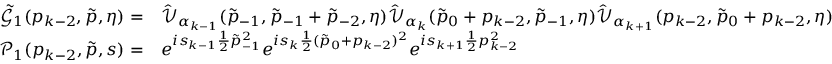
\begin{array} { r l } { \tilde { \mathcal { G } } _ { 1 } ( p _ { k - 2 } , \boldsymbol { \tilde { p } } , \boldsymbol { \eta } ) = } & { \hat { \mathcal { V } } _ { \alpha _ { k - 1 } } ( \tilde { p } _ { - 1 } , \tilde { p } _ { - 1 } + \tilde { p } _ { - 2 } , \boldsymbol { \eta } ) \hat { \mathcal { V } } _ { \alpha _ { k } } ( \tilde { p } _ { 0 } + p _ { k - 2 } , \tilde { p } _ { - 1 } , \boldsymbol { \eta } ) \hat { \mathcal { V } } _ { \alpha _ { k + 1 } } ( p _ { k - 2 } , \tilde { p } _ { 0 } + p _ { k - 2 } , \boldsymbol { \eta } ) } \\ { \mathcal { P } _ { 1 } ( p _ { k - 2 } , \boldsymbol { \tilde { p } } , \boldsymbol { s } ) = } & { e ^ { i s _ { k - 1 } \frac { 1 } { 2 } \tilde { p } _ { - 1 } ^ { 2 } } e ^ { i s _ { k } \frac { 1 } { 2 } ( \tilde { p } _ { 0 } + p _ { k - 2 } ) ^ { 2 } } e ^ { i s _ { k + 1 } \frac { 1 } { 2 } p _ { k - 2 } ^ { 2 } } } \end{array}